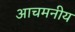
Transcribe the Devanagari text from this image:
आचमनीय